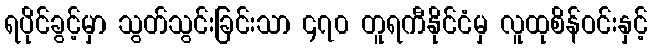
ရပိုင်ခွင့်မှာ သွတ်သွင်းခြင်းသာ ၄၇၀ တူရကီနိုင်ငံမှ လူထုစိန်ဝင်းနှင့်